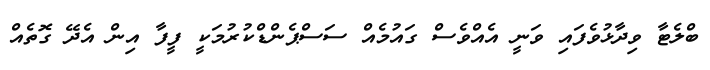
ބްލެޓާ ވިދާޅުވެފައި ވަނީ އެއްވެސް ގައުމެއް ސަސްޕެންޑްކުރުމަކީ ފީފާ އިން އެދޭ ގޮތެއް